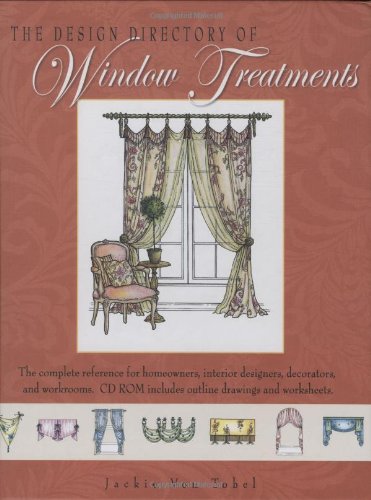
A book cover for Design Directory of Window Treatments, The; Jackie Von Tobel; Reference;